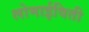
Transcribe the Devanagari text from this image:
लोमाईविती